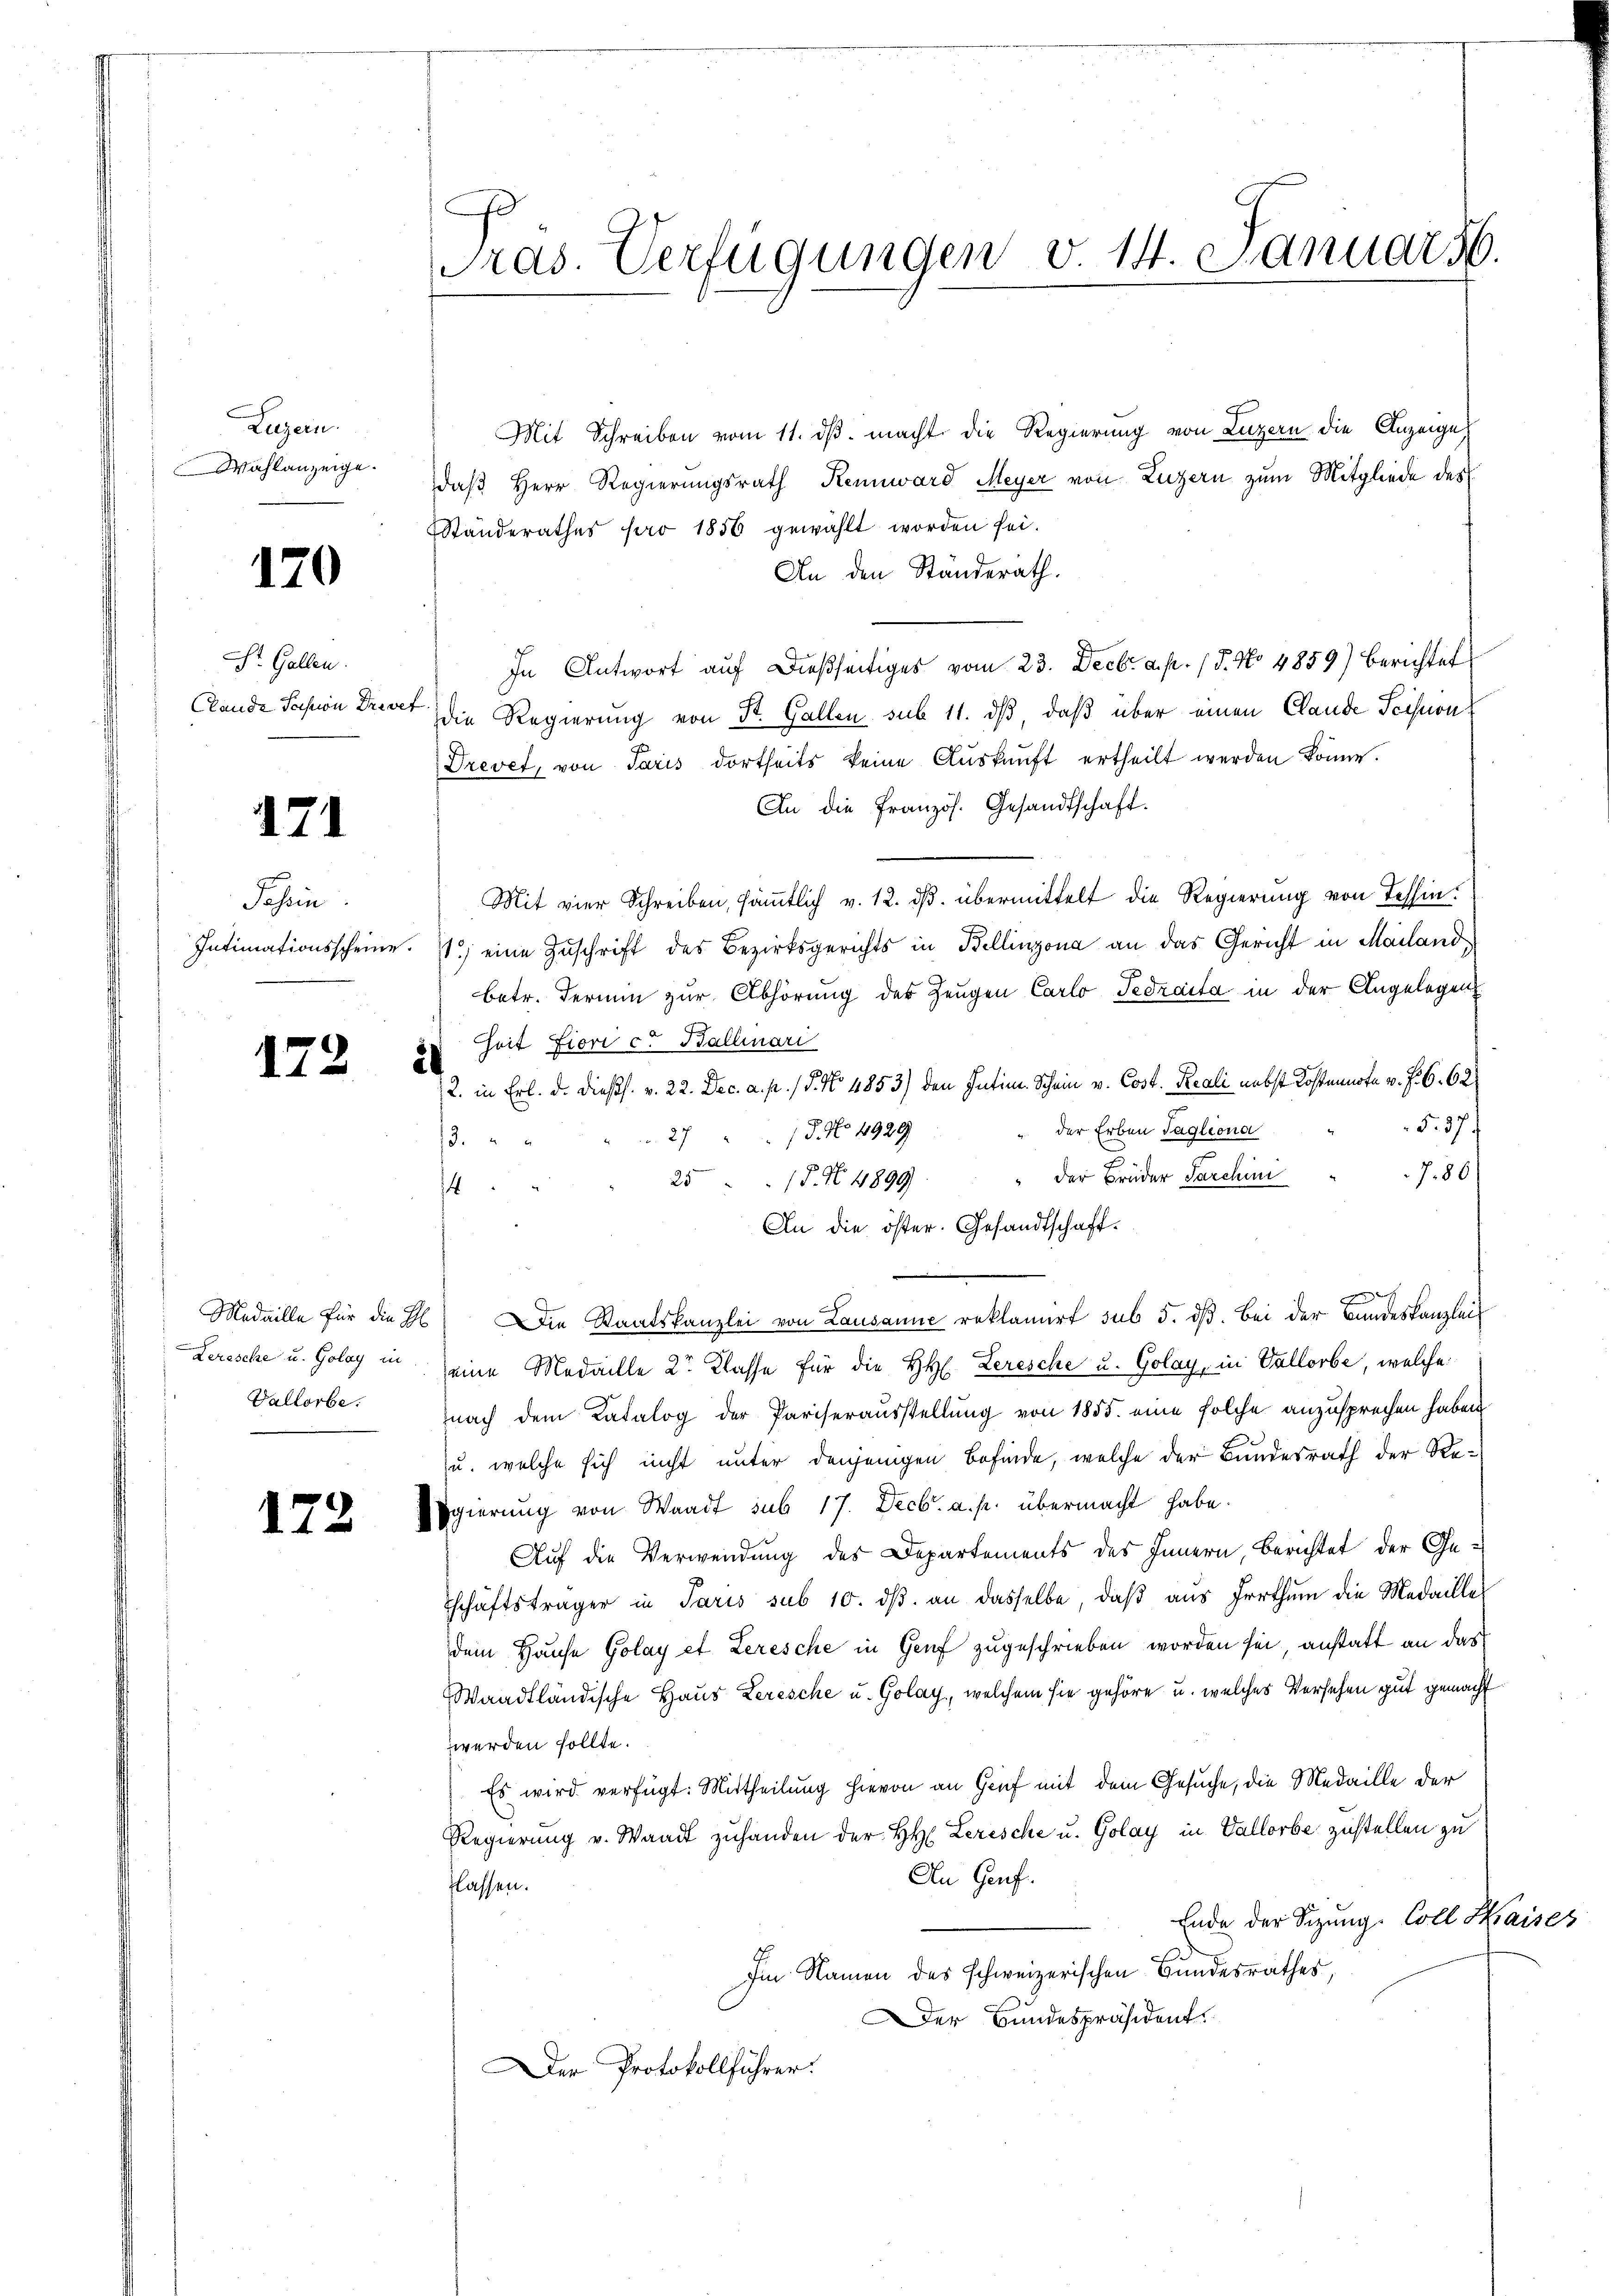
Luzern.
Wahlanzeige.

170

St. Gallen.
Clande Schon Drisef

171

Jahren

172

172

g

Lerische u. Golay in
Vallorbe.

Pras. Verfügungen v. 14. Januar 16.

Mit Schreiben vom 11. dβ. macht die Regierung von Luzern die Anzeige
daß Herr Regierungsrath Rennward Meyer von Luzern zum Mitgliede des
Standerathes pro 1856 gewählt worden sei.
An den Ständerath.
In Antwort auf dießseitiges vom 23. Decbr. a. p. 15. No 4859) berichtet
Die Regierung von St. Gallen sub 11. dß, daß über einen Clande Scihnon
Drevet, von Paris dortheits keine Aŭskŭnft ertheilt werden könne.
An die Französ. Gesandtschaft.
Mit vier Schreiben, sämmtlich v. 12. ds. übermittelt die Regierung von Tessin.
Intimationsscheine. ; eine Zŭschrift des Bezirksgerichts in Bellinzona an das Gericht in Mailand,
betr. Termin zur Abhörung der Zeugen Carlo Tedraita in der Angelegen
Zeit Fiori c. Ballinari
2. in Erb. d. dießs. v. 22. Dec. a. p. / 5. No. 4853) den Intime Schein v. Cost. Reali nebst Kostente v. J. 6. 62
5. 37 f
der Erben Tagliona
/5. No 4929
. 27
3.
J. 80
25 " " 15. No. 4899 " " der Brüder Parchini
4
An die öster. Gesandtschaft¬
.
Medaille für die H. Die Staatskanzlei von Lausanne reklamirt sub 5. dβ. Bei der Bundeskanzlei
eine Medaille 2r Klasse für die HH. Leresche u. Golay in Vallorbe, welche
nach dem Katalog der Pariserausstellung von 1855. eine solche anzusprechen haben
u. welche sich nicht unter denjenigen Befinde, welche der Bundesrath der Re¬
Egierung von Waadt sub 17. Decbr. a. p. übermacht habe.
Auf die Verwendung des Departements des Innern, Berichtet der Getschäftsträger in Paris sub 10. dβ an dasselbe, daβ aŭs Irrthum die Medailles
dem Hause Golay et Leresche in Genf zugeschrieben worden sei, anstatt an das
Waadtländische Haus Lerische u. Golay, welchem sie gehöre u. welches Versehen gut gemacht
werden sollte.
Es wird verfügt: Mittheilung hievon an Genf mit dem Gesuche, die Medaille der
Regierung v. Waadt zuhanden der HH Lerische u. Golay in Vallorbe zustellen zu
An Genf.
lassen.
Ende der Sezung. Coll Kaises
Im Namen des schweizerischen Bundesrathes,
er Bundespräsident
Der Protokollführer.